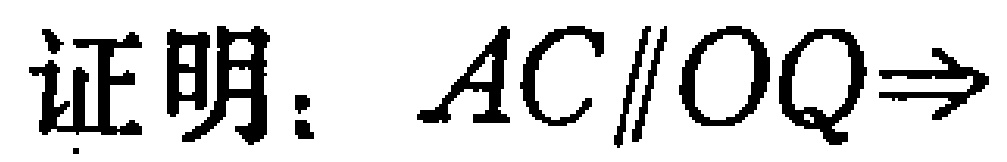
证明：$AC\parallel OQ\Rightarrow$